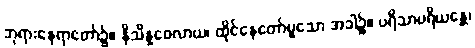
ဘုရားနေရာတော်၌။ နိသိန္နဝေလာယ၊ ထိုင်နေတော်မူသော အခါ၌။ ပရိသာပရိယန္တေ၊